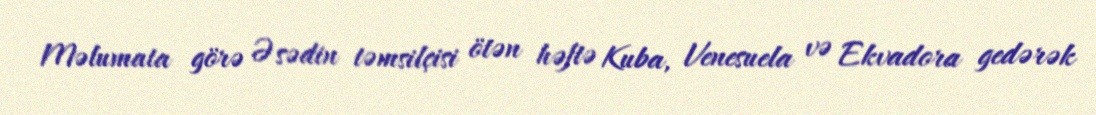
Məlumata görə Əsədin təmsilçisi ötən həftə Kuba, Venesuela və Ekvadora gedərək